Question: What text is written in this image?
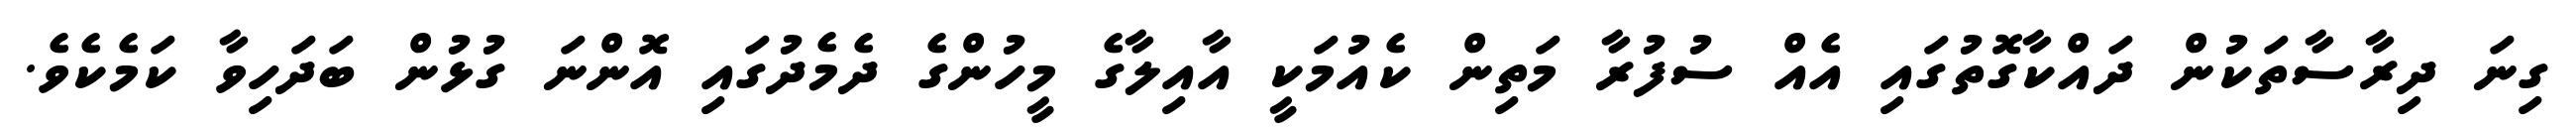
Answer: ގިނަ ދިރާސާތަކުން ދައްކާގޮތުގައި އެއް ސުފުރާ މަތިން ކެއުމަކީ އާއިލާގެ މީހުންގެ ދެމެދުގައި އޮންނަ ގުޅުން ބަދަހިވާ ކަމެކެވެ.